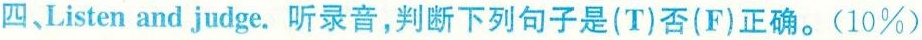
四、Listen and judge.听录音，判断下列句子是(T)否(F)正确.(10\%)